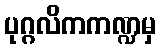
ပုဂ္ဂလိကကဏ္ဍမှ